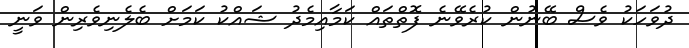
ދުވަހަކު ވެސް ބޭނުން ކުރެވޭނެ ފޮތްތައް ކަމާއިމެދު ޝައްކު ކަމަށް ބެލެނިވެރިން ވަނީ